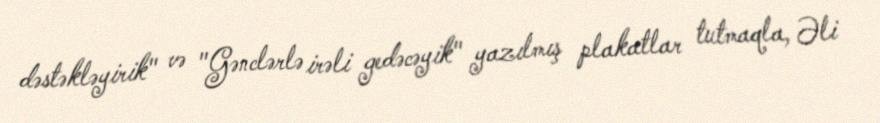
dəstəkləyirik" və "Gənclərlə irəli gedəcəyik" yazılmış plakatlar tutmaqla, Əli